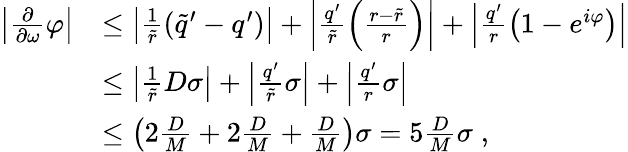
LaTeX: \begin{array}{rl}{\left|\frac{\partial}{\partial\omega}\varphi\right|}&{\leq\left|\frac{1}{\widetilde{r}}\left(\widetilde{q}^{\prime}-q^{\prime}\right)\right|+\left|\frac{q^{\prime}}{\widetilde{r}}\left(\frac{r-\widetilde{r}}{r}\right)\right|+\left|\frac{q^{\prime}}{r}\left(1-e^{i\varphi}\right)\right|}\\ &{\leq\left|\frac{1}{\widetilde{r}}D\sigma\right|+\left|\frac{q^{\prime}}{\widetilde{r}}\sigma\right|+\left|\frac{q^{\prime}}{r}\sigma\right|}\\ &{\leq\left(2\frac{D}{M}+2\frac{D}{M}+\frac{D}{M}\right)\sigma=5\frac{D}{M}\sigma\; ,}\end{array}